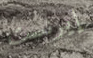
إيرنست